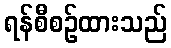
ရန်စီစဉ်ထားသည်